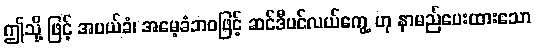
ဤသို့ ဖြင့် အပယ်ခံ၊ အမေ့ခံဘဝဖြင့် ဆင်ဒီပင်လယ်ကွေ့ ဟု နာမည်ပေးထားသော